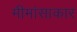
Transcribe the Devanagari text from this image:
मीमांसाकार